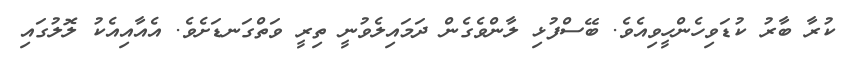
ކުރާ ބާރު ކުޑަވިހެންހީވިއެވެ. ބޭސްފުޅި ލާންވެގެން ދަމައިލެވުނީ ތިރީ ވަތްގަނޑަށެވެ. އެއާއިއެކު ލޮލުގައި